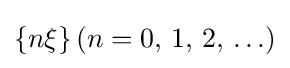
\{n\xi \}\,(n=0,\,1,\,2,\,\ldots )